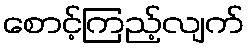
စောင့်ကြည့်လျက်